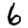
Digit: 6